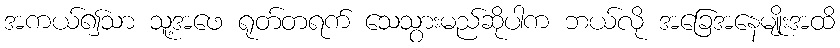
အကယ်၍သာ သူ့အဖေ ရုတ်တရက် သေသွားမည်ဆိုပါက ဘယ်လို အခြေအနေမျိုးအထိ